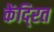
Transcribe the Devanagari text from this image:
केंदि्रत